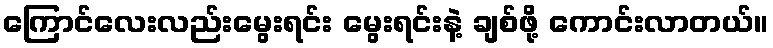
ကြောင်လေးလည်းမွေးရင်း မွေးရင်းနဲ့ ချစ်ဖို့ ကောင်းလာတယ်။